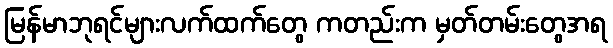
မြန်မာဘုရင်များလက်ထက်တွေ ကတည်းက မှတ်တမ်းတွေအရ